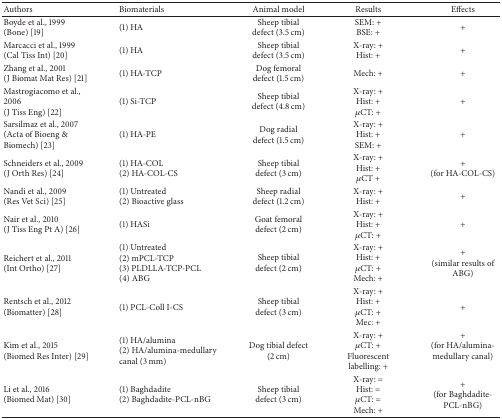
| Authors | Biomaterials | Animal model | Results | Effects |
 | --- | --- | --- | --- | --- |
 | Boyde et al., 1999(Bone) [19] | (1) HA | Sheep tibial defect (3.5 cm) | SEM: +BSE: + | + |
 | Marcacci et al., 1999(Cal Tiss Int) [20] | (1) HA | Sheep tibial defect (3.5 cm) | X-ray: +Hist: + | + |
 | Zhang et al., 2001(J Biomat Mat Res) [21] | (1) HA-TCP | Dog femoral defect (1.5 cm) | Mech: + | + |
 | Mastrogiacomo et al., 2006(J Tiss Eng) [22] | (1) Si-TCP | Sheep tibial defect (4.8 cm) | X-ray: +Hist: +μCT: + | + |
 | Sarsilmaz et al., 2007(Acta of Bioeng & Biomech) [23] | (1) HA-PE | Dog radial defect (1.5 cm) | X-ray: +Hist: +SEM: + | + |
 | Schneiders et al., 2009(J Orth Res) [24] | (1) HA-COL(2) HA-COL-CS | Sheep tibial defect (3 cm) | X-ray: +Hist: +μCT + | + (for HA-COL-CS) |
 | Nandi et al., 2009(Res Vet Sci) [25] | (1) Untreated(2) Bioactive glass | Sheep radial defect (1.2 cm) | X-ray: +Hist: + | + |
 | Nair et al., 2010(J Tiss Eng Pt A) [26] | (1) HASi | Goat femoral defect (2 cm) | X-ray: +Hist: +μCT: + | + |
 | Reichert et al., 2011(Int Ortho) [27] | (1) Untreated(2) mPCL-TCP(3) PLDLLA-TCP-PCL(4) ABG | Sheep tibial defect (2 cm) | X-ray: +Hist: +μCT: +Mech: + | + (similar results of ABG) |
 | Rentsch et al., 2012(Biomatter) [28] | (1) PCL-Coll I-CS | Sheep tibial defect (3 cm) | X-ray: +Hist: +μCT: +Mec: + | + |
 | Kim et al., 2015(Biomed Res Inter) [29] | (1) HA/alumina(2) HA/alumina-medullary canal (3 mm) | Dog tibial defect (2 cm) | X-ray: +μCT: +Fluorescent labelling: + | + (for HA/alumina-medullary canal) |
 | Li et al., 2016(Biomed Mat) [30] | (1) Baghdadite(2) Baghdadite-PCL-nBG | Sheep tibial defect (3 cm) | X-ray: =Hist: =μCT: =Mech: + | + (for Baghdadite-PCL-nBG) |